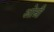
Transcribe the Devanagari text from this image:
ओम्री